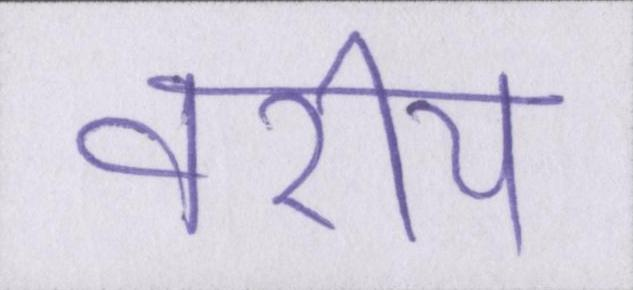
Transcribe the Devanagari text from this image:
वरीय